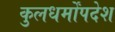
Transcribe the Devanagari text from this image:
कुलधर्मोंपदेश